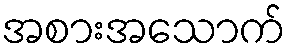
အစားအသောက်